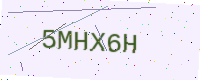
Text: 5MHX6H